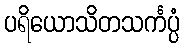
ပရိယောသိတသင်္ကပ္ပံ